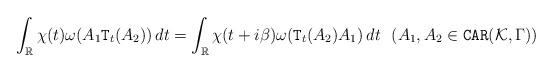
LaTeX: \begin{align*} \int_\mathbb{R} \chi(t) \omega(A_1 {\tt T}_t(A_2)) \,dt = \int_{\mathbb{R}} \chi(t +i\beta) \omega({\tt T}_t(A_2)A_1)\,dt \ \ (A_1,A_2 \in {\tt CAR}(\mathcal{K},\Gamma))\end{align*}